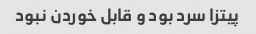
پیتزا سرد بود و قابل خوردن نبود